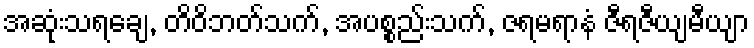
အဆုံးသရချေ, တိဝိဘတ်သက်, အပစ္စည်းသက်, ဇရမရာနံ ဇီရဇီယျမီယျာ